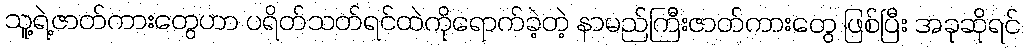
သူ့ရဲ့ဇာတ်ကားတွေဟာ ပရိတ်သတ်ရင်ထဲကိုရောက်ခဲ့တဲ့ နာမည်ကြီးဇာတ်ကားတွေ ဖြစ်ပြီး အခုဆိုရင်